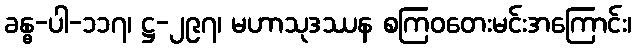
ခန္ဓ-ပါ-၁၁၇၊ ဋ္ဌ-၂၉၇၊ မဟာသုဒဿန စကြဝတေးမင်းအကြောင်း၊